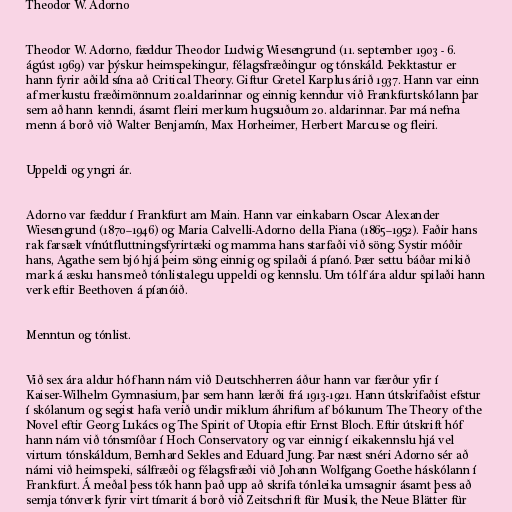
Theodor W. Adorno

Theodor W. Adorno, fæddur Theodor Ludwig Wiesengrund (11. september 1903 - 6.
ágúst 1969) var þýskur heimspekingur, félagsfræðingur og tónskáld. Þekktastur er
hann fyrir aðild sína að Critical Theory. Giftur Gretel Karplus árið 1937. Hann var einn
af merkustu fræðimönnum 20.aldarinnar og einnig kenndur við Frankfurtskólann þar
sem að hann kenndi, ásamt fleiri merkum hugsuðum 20. aldarinnar. Þar má nefna
menn á borð við Walter Benjamín, Max Horheimer, Herbert Marcuse og fleiri.

Uppeldi og yngri ár.

Adorno var fæddur í Frankfurt am Main. Hann var einkabarn Oscar Alexander
Wiesengrund (1870–1946) og Maria Calvelli-Adorno della Piana (1865–1952). Faðir hans
rak farsælt vínútfluttningsfyrirtæki og mamma hans starfaði við söng. Systir móðir
hans, Agathe sem bjó hjá þeim söng einnig og spilaði á píanó. Þær settu báðar mikið
mark á æsku hans með tónlistalegu uppeldi og kennslu. Um tólf ára aldur spilaði hann
verk eftir Beethoven á píanóið.

Menntun og tónlist.

Við sex ára aldur hóf hann nám við Deutschherren áður hann var færður yfir í
Kaiser-Wilhelm Gymnasium, þar sem hann lærði frá 1913-1921. Hann útskrifaðist efstur
í skólanum og segist hafa verið undir miklum áhrifum af bókunum The Theory of the
Novel eftir Georg Lukács og The Spirit of Utopia eftir Ernst Bloch. Eftir útskrift hóf
hann nám við tónsmíðar í Hoch Conservatory og var einnig í eikakennslu hjá vel
virtum tónskáldum, Bernhard Sekles and Eduard Jung. Þar næst snéri Adorno sér að
námi við heimspeki, sálfræði og félagsfræði við Johann Wolfgang Goethe háskólann í
Frankfurt. Á meðal þess tók hann það upp að skrifa tónleika umsagnir ásamt þess að
semja tónverk fyrir virt tímarit á borð við Zeitschrift für Musik, the Neue Blätter für